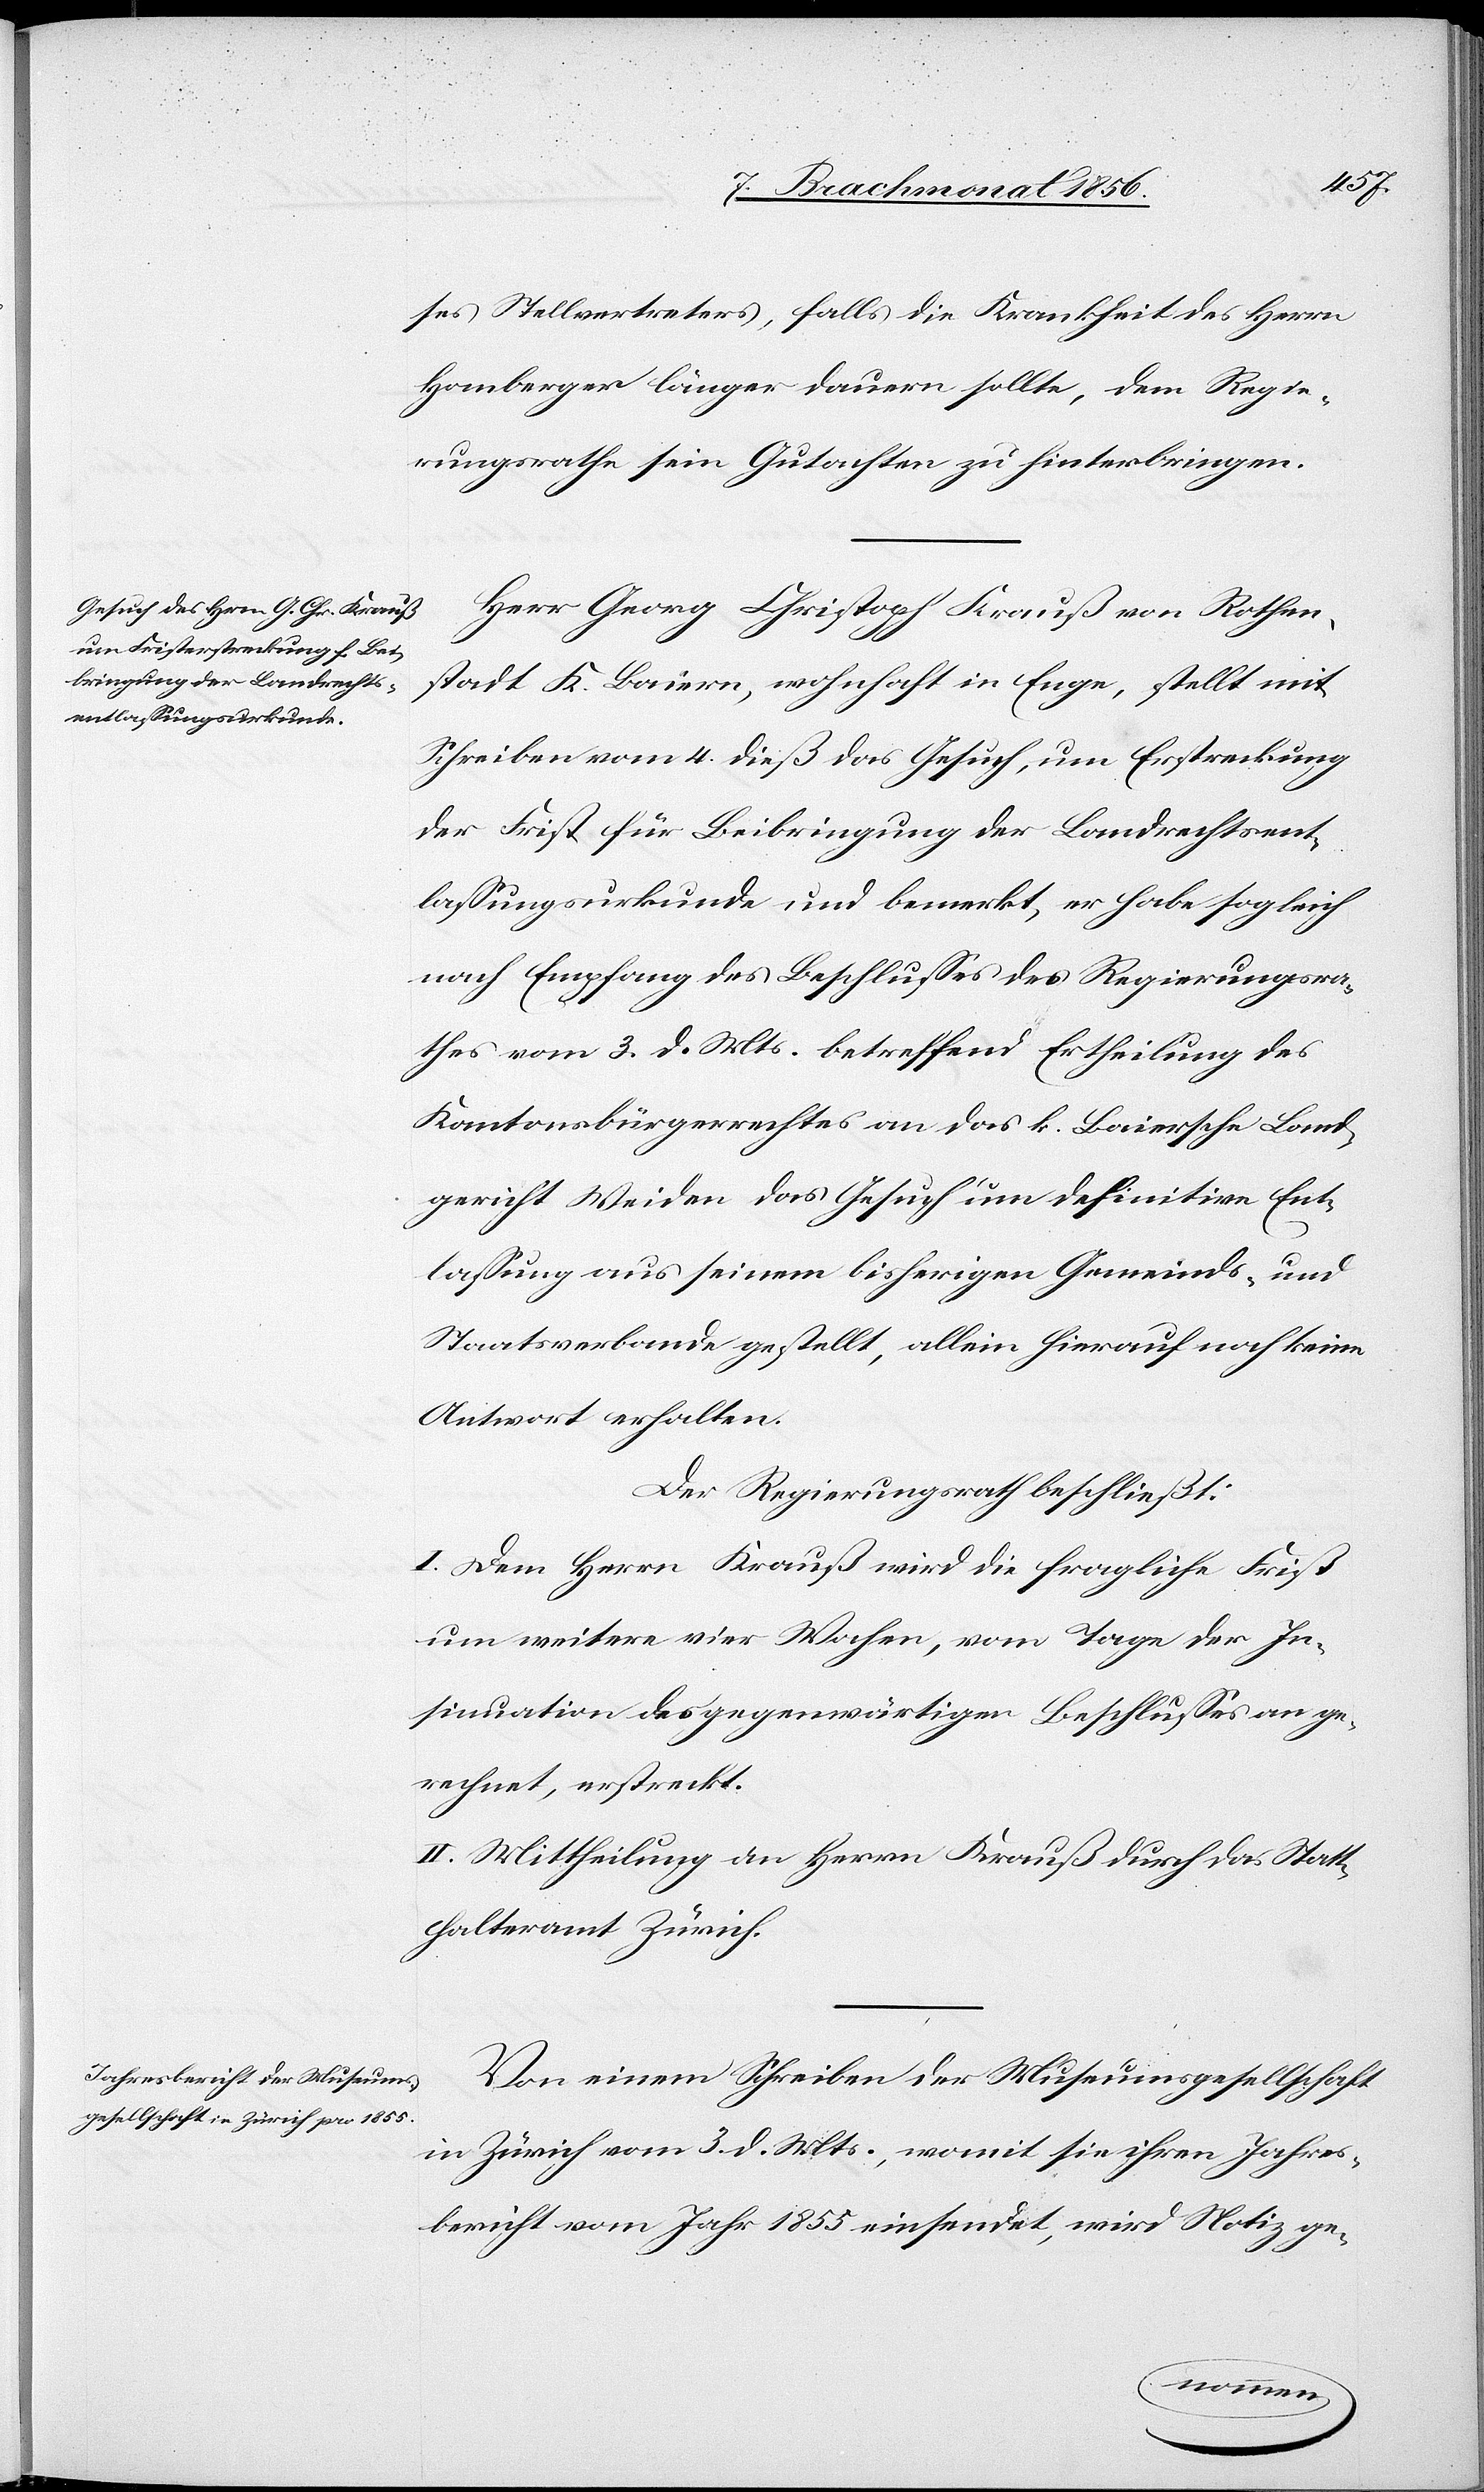
ses Stellvertreters, falls die Krankheit des Herrn
Homberger länger dauern sollte, dem Regie¬
rungsrathe sein Gutachten zu hinterbringen.
Herr Georg Christoph Krauß von Rothen¬
stadt K. Baiern, wohnhaft in Enge, stellt mit
Schreiben vom 4. dieß das Gesuch, um Erstreckung
der Frist für Beibringung der Landrechtsent¬
lassungsurkunde und bemerkt, er habe sogleich
nach Empfang des Beschlusses des Regierungsra¬
thes vom 3. d. Mts. betreffend Ertheilung des
Kantonsbürgerrechtes an das k. Baiersche Land¬
gericht Weiden das Gesuch um definitive Ent¬
lassung aus seinem bisherigen Gemeinds- und
Staatsverbande gestellt, allein hierauf noch keine
Antwort erhalten.
Der Regierungsrath beschließt:
I. Dem Herrn Krauß wird die fragliche Frist
um weitere vier Wochen, vom Tage der In¬
sinuation des gegenwärtigen Beschlusses an ge¬
rechnet, erstreckt.
II. Mittheilung an den Herrn Krauß durch das Statt¬
halteramt Zürich.
Von einem Schreiben der Museumsgesellschaft
in Zürich vom 3. d. Mts., womit sie ihren Jahres¬
bericht vom Jahr 1855 einsendet, wird Notiz ge-